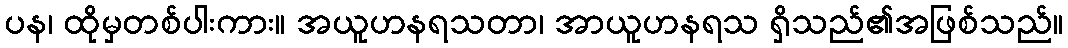
ပန၊ ထိုမှတစ်ပါးကား။ အယူဟနရသတာ၊ အာယူဟနရသ ရှိသည်၏အဖြစ်သည်။